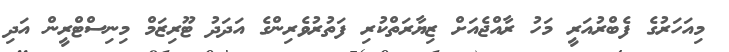
މިއަހަރުގެ ފެބްރުއަރީ މަހު ރާއްޖެއަށް ޒިޔާރަތްކުރި ފަތުރުވެރިންގެ އަދަދު ޓޫރިޒަމް މިނިސްޓްރީން އަދި